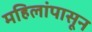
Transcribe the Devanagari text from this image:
महिलांपासून